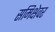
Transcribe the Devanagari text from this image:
समिक्षेवर